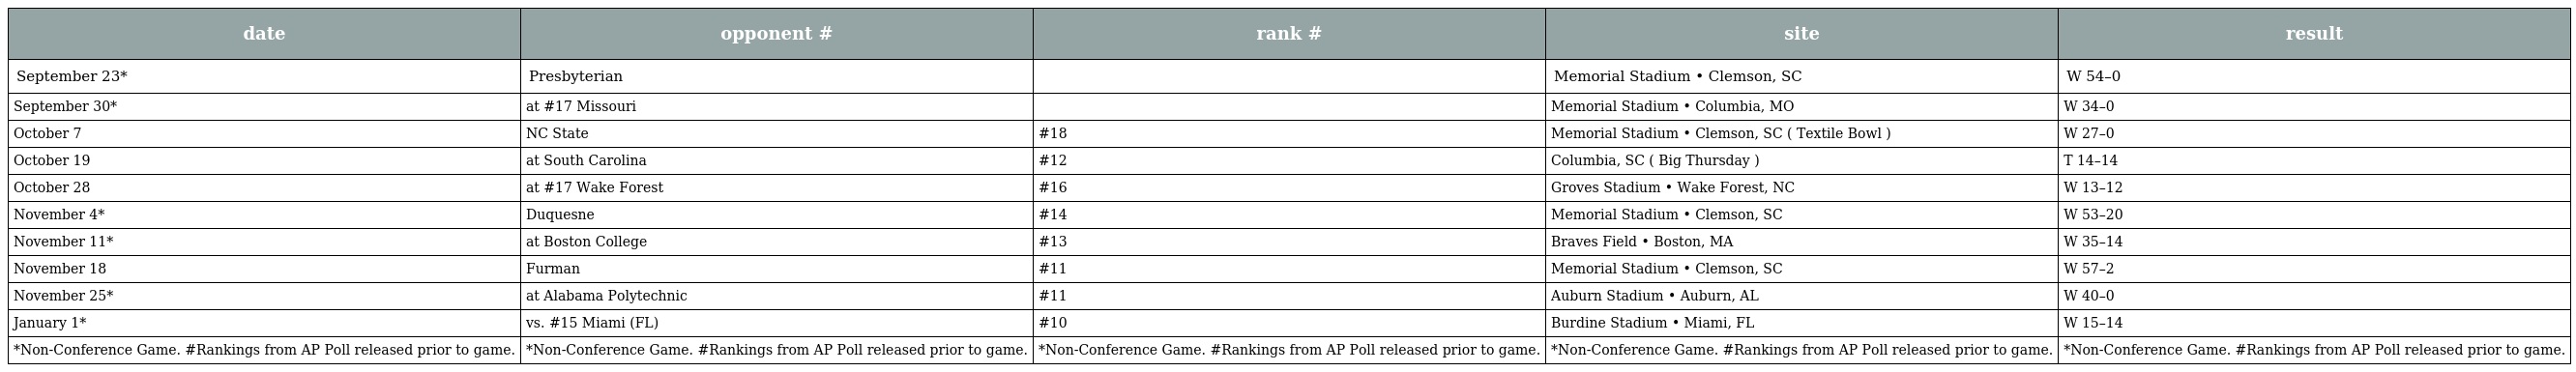
| date | opponent # | rank # | site | result |
 | --- | --- | --- | --- | --- |
 | September 23* | Presbyterian |  | Memorial Stadium • Clemson, SC | W 54–0 |
 | September 30* | at #17 Missouri |  | Memorial Stadium • Columbia, MO | W 34–0 |
 | October 7 | NC State | #18 | Memorial Stadium • Clemson, SC ( Textile Bowl ) | W 27–0 |
 | October 19 | at South Carolina | #12 | Columbia, SC ( Big Thursday ) | T 14–14 |
 | October 28 | at #17 Wake Forest | #16 | Groves Stadium • Wake Forest, NC | W 13–12 |
 | November 4* | Duquesne | #14 | Memorial Stadium • Clemson, SC | W 53–20 |
 | November 11* | at Boston College | #13 | Braves Field • Boston, MA | W 35–14 |
 | November 18 | Furman | #11 | Memorial Stadium • Clemson, SC | W 57–2 |
 | November 25* | at Alabama Polytechnic | #11 | Auburn Stadium • Auburn, AL | W 40–0 |
 | January 1* | vs. #15 Miami (FL) | #10 | Burdine Stadium • Miami, FL | W 15–14 |
 | *Non-Conference Game. #Rankings from AP Poll released prior to game. | *Non-Conference Game. #Rankings from AP Poll released prior to game. | *Non-Conference Game. #Rankings from AP Poll released prior to game. | *Non-Conference Game. #Rankings from AP Poll released prior to game. | *Non-Conference Game. #Rankings from AP Poll released prior to game. |